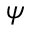
\psi